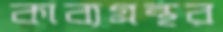
কাব্যগ্রন্থর